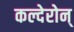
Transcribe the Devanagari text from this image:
कल्देरोन्